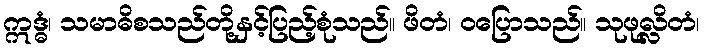
ဣဒ္ဓံ၊ သမာဓိစသည်တို့နှင့်ပြည့်စုံသည်။ ဖိတံ၊ ဝပြောသည်။ သုဖုလ္လိတံ၊